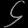
Digit: ၄